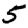
Digit: 5